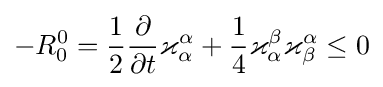
-R_{0}^{0}={\frac {1}{2}}{\frac {\partial }{\partial t}}\varkappa _{\alpha }^{\alpha }+{\frac {1}{4}}\varkappa _{\alpha }^{\beta }\varkappa _{\beta }^{\alpha }\leq 0